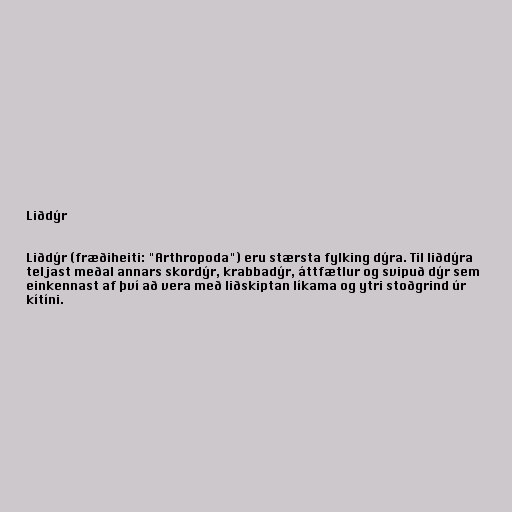
Liðdýr

Liðdýr (fræðiheiti: "Arthropoda") eru stærsta fylking dýra. Til liðdýra
teljast meðal annars skordýr, krabbadýr, áttfætlur og svipuð dýr sem
einkennast af því að vera með liðskiptan líkama og ytri stoðgrind úr
kítíni.